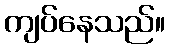
ကျပ်နေသည်။